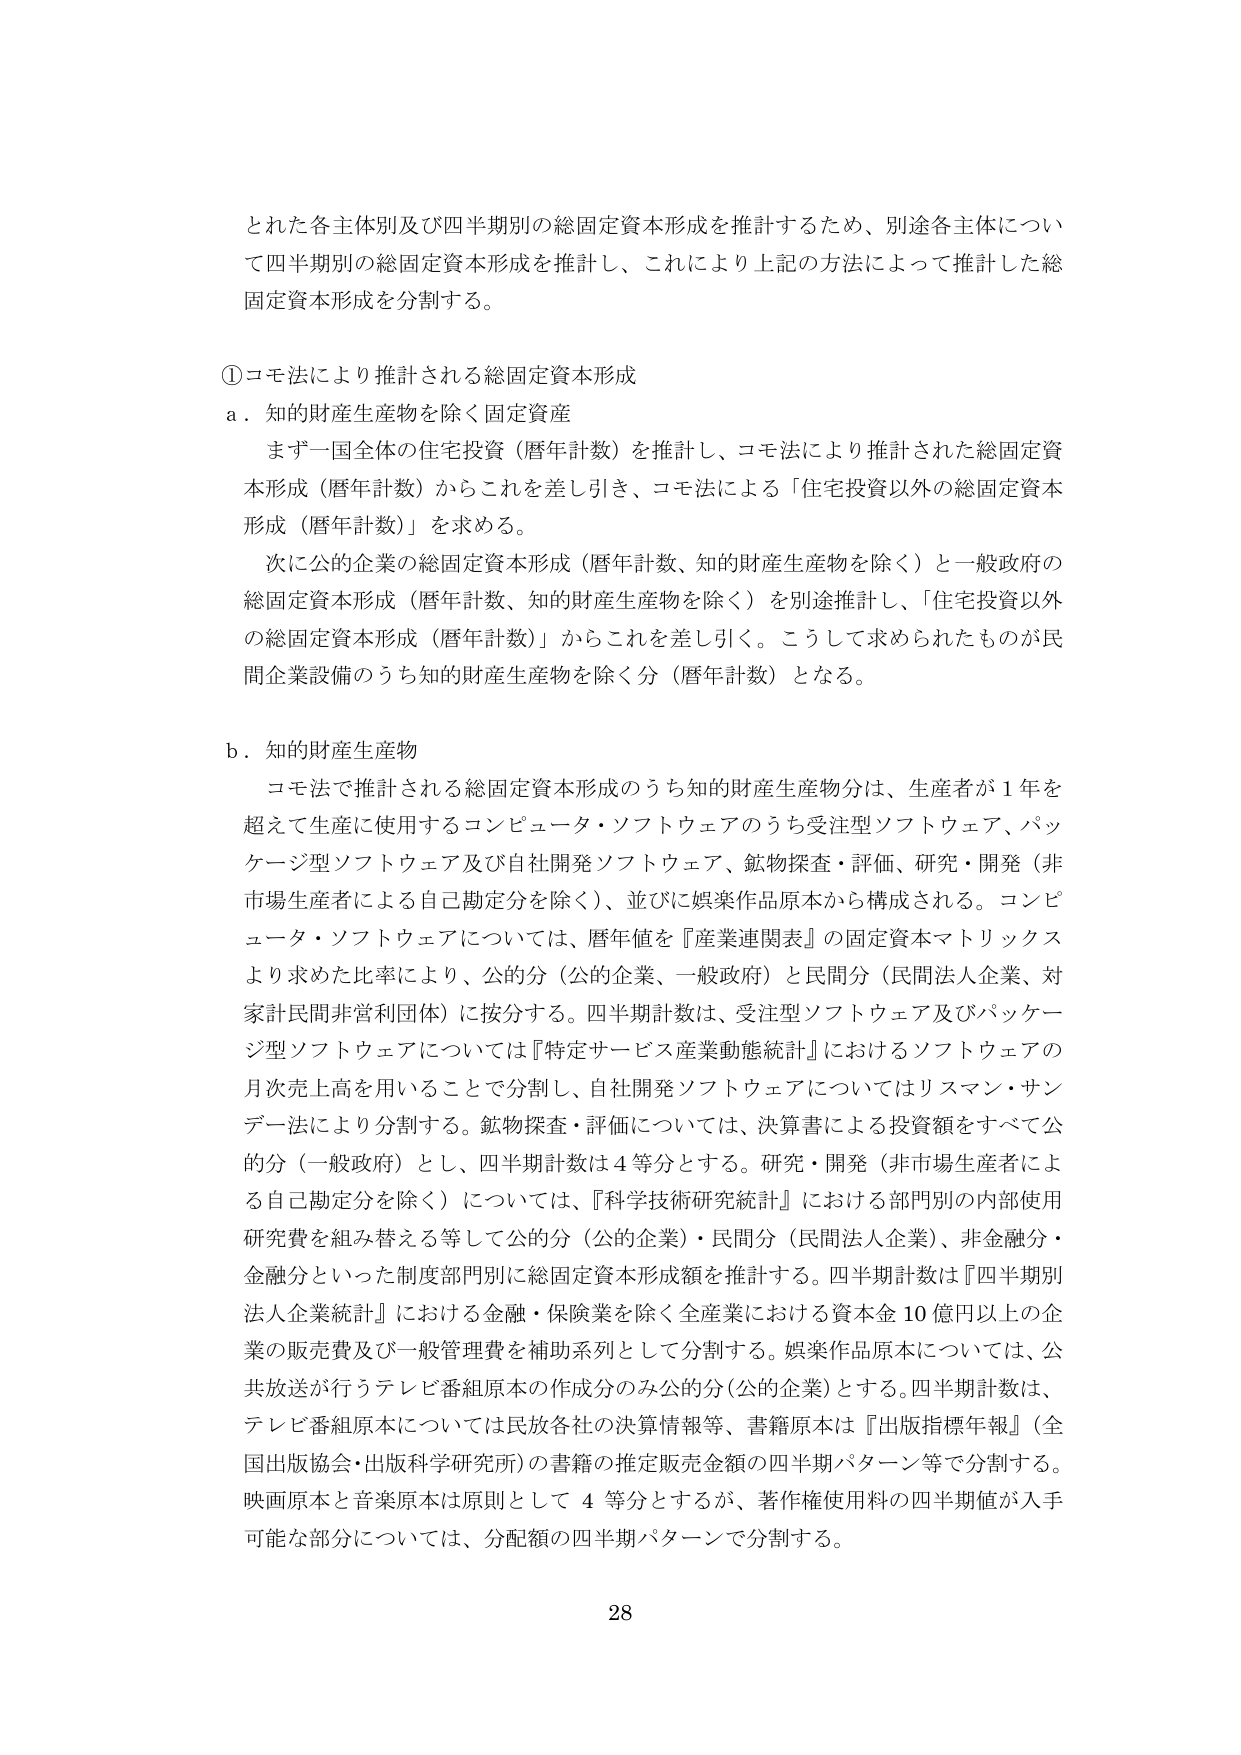
とれた各主体別及び四半期別の総固定資本形成を推計するため、別途各主体について四半期別の総固定資本形成を推計し、これにより上記の方法によって推計した総固定資本形成を分割する。

①コモ法により推計される総固定資本形成

a．知的財産生産物を除く固定資産

　まず一国全体の住宅投資（暦年計数）を推計し、コモ法により推計された総固定資本形成（暦年計数）からこれを差し引き、コモ法による「住宅投資以外の総固定資本形成（暦年計数）」を求める。

　次に公的企業の総固定資本形成（暦年計数、知的財産生産物を除く）と一般政府の総固定資本形成（暦年計数、知的財産生産物を除く）を別途推計し、「住宅投資以外の総固定資本形成（暦年計数）」からこれを差し引く。こうして求められたものが民間企業設備のうち知的財産生産物を除く分（暦年計数）となる。

b．知的財産生産物

　コモ法で推計される総固定資本形成のうち知的財産生産物分は、生産者が1年を超えて生産に使用するコンピュータ・ソフトウェアのうち受注型ソフトウェア、パッケージ型ソフトウェア及び自社開発ソフトウェア、鉱物探査・評価、研究・開発（非市場生産者による自己勘定分を除く）、並びに娯楽作品原本から構成される。コンピュータ・ソフトウェアについては、暦年値を『産業連関表』の固定資本マトリックスより求めた比率により、公的分（公的企業、一般政府）と民間分（民間法人企業、対家計民間非営利団体）に按分する。四半期計数は、受注型ソフトウェア及びパッケージ型ソフトウェアについては『特定サービス産業動態統計』におけるソフトウェアの月次売上高を用いることで分割し、自社開発ソフトウェアについてはリスマン・サンデー法により分割する。鉱物探査・評価については、決算書による投資額をすべて公的分（一般政府）とし、四半期計数は4等分とする。研究・開発（非市場生産者による自己勘定分を除く）については、『科学技術研究統計』における部門別の内部使用研究費を組み替える等して公的分（公的企業）・民間分（民間法人企業）、非金融分・金融分といった制度部門別に総固定資本形成額を推計する。四半期計数は『四半期別法人企業統計』における金融・保険業を除く全産業における資本金10億円以上の企業の販売費及び一般管理費を補助系列として分割する。娯楽作品原本については、公共放送が行うテレビ番組原本の作成分のみ公的分（公的企業）とする。四半期計数は、テレビ番組原本については民放各社の決算情報等、書籍原本は『出版指標年報』（全国出版協会・出版科学研究所）の書籍の推定販売金額の四半期パターン等で分割する。映画原本と音楽原本は原則として4等分とするが、著作権使用料の四半期値が入手可能な部分については、分配額の四半期パターンで分割する。

28